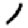
Digit: 1